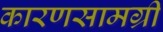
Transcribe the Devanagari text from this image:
कारणसामग्री